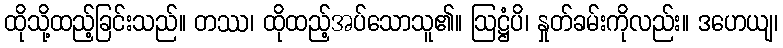
ထိုသို့ထည့်ခြင်းသည်။ တဿ၊ ထိုထည့်အပ်သောသူ၏။ ဩဋ္ဌံပိ၊ နှုတ်ခမ်းကိုလည်း။ ဒဟေယျ၊